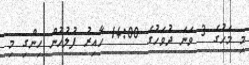
މި މަހުގެ 3 ވަނަ ދުވަހުގެ 14:00 ހާއިރު ފުލުހުން ހިންގި މި